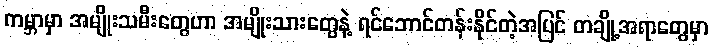
ကမ္ဘာမှာ အမျိုးသမီးတွေဟာ အမျိုးသားတွေနဲ့ ရင်ဘောင်တန်းနိုင်တဲ့အပြင် တချို့အရာတွေမှာ